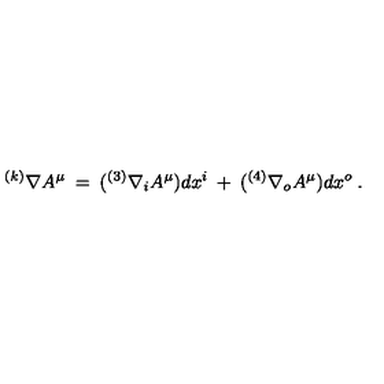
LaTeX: ^ { ( k ) } \nabla A ^ { \mu } \: = \: ( { ^ { ( 3 ) } } \nabla _ { i } A ^ { \mu } ) d x ^ { i } \: + \: ( { ^ { ( 4 ) } } \nabla _ { o } A ^ { \mu } ) d x ^ { o } \: .